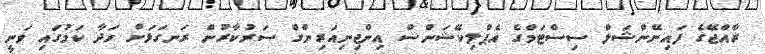
ރާއްޖޭގެ ފައިނޭންޝަލް ސިސްޓަމްގެ އެޕްލިކޭޝަންސް އިންޖިނިއަރިންގް ސަރުކާރުން ރަނގަޅަށް ހަދާ ކަމުގައި ވަނީ